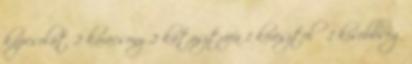
kapcsolat 2 karácsony 2 katasztrófa 1 keresztelő 1 kisebbség